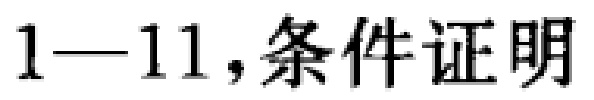
1—11,条件证明